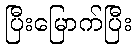
ပြီးမြောက်ပြီး